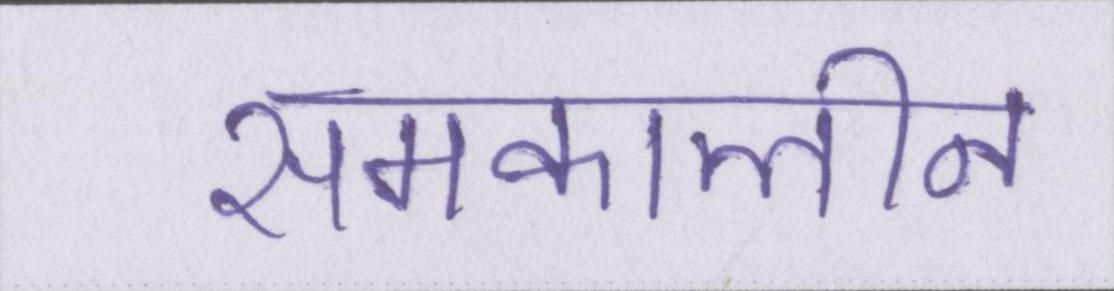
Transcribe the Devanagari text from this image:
समकालीन